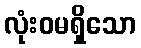
လုံးဝမရှိသော